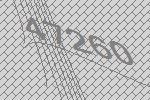
47260